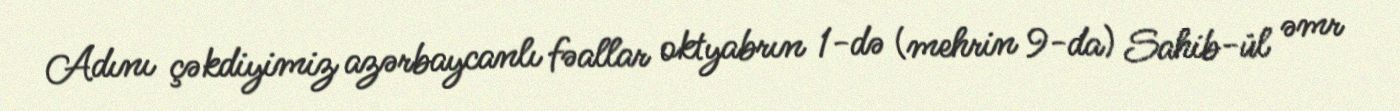
Adını çəkdiyimiz azərbaycanlı fəallar oktyabrın 1-də (mehrin 9-da) Sahib-ül əmr